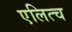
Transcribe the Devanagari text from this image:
एलित्च